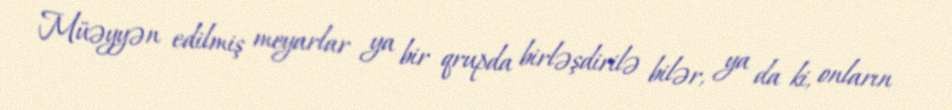
Müəyyən edilmiş meyarlar ya bir qrupda birləşdirilə bilər, ya da ki, onların